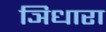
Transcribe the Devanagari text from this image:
ञिधारा